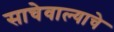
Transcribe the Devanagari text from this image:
साचेवाल्याचे